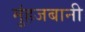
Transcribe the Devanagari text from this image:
मुंहजबानी